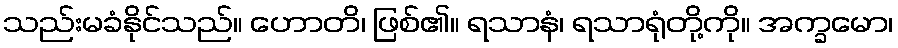
သည်းမခံနိုင်သည်။ ဟောတိ၊ ဖြစ်၏။ ရသာနံ၊ ရသာရုံတို့ကို။ အက္ခမော၊